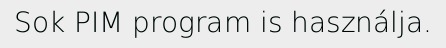
Sok PIM program is használja.